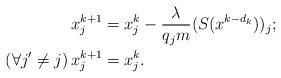
LaTeX: \begin{align*}x^{k+1}_j &= x^k_j - \frac{\lambda}{q_j m} (S(x^{k-d_k}))_j; \\\left(\forall j' \neq j\right)x_j^{k+1} &= x_j^k.\end{align*}